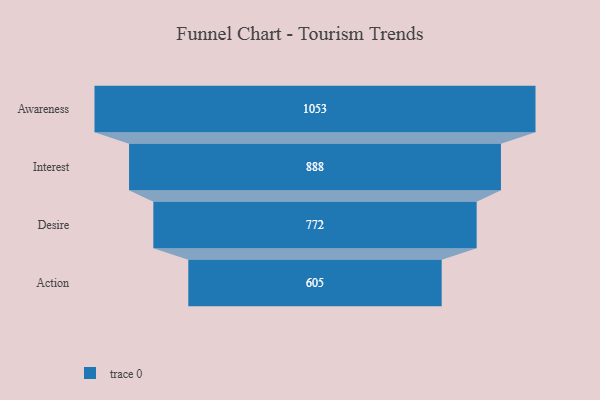
{"axis": {"x": "Stage", "y": "Value"}, "legend": [""], "data": [{"x": "Awareness", "y": 1053.0, "type": ""}, {"x": "Interest", "y": 888.0, "type": ""}, {"x": "Desire", "y": 772.0, "type": ""}, {"x": "Action", "y": 605.0, "type": ""}]}